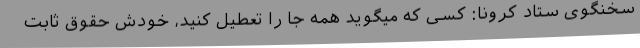
سخنگوی ستاد کرونا: کسی که میگوید همه جا را تعطیل کنید، خودش حقوق ثابت